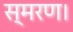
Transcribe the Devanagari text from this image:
स्मरण।